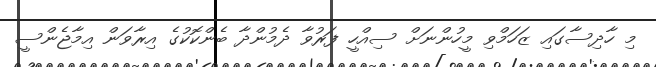
މި ހާދިސާގައި ޒަހަމްވި މީހުންނަށް ސިއްހީ ފަރުވާ ދެމުންދާ ބެންކޮކުގެ އިރާވަން އިމާޖެންސީ